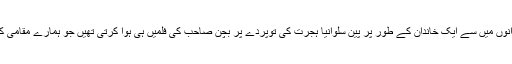
انہوں نے کہا’’جب ہم نے اپنی برادری سے ہجرت کرنے والے پہلے ہندوستانی خاندانوں میں سے ایک خاندان کے طور پر پین سلوانیا ہجرت کی توپردے پر بچن صاحب کی فلمیں ہی ہوا کرتی تھیں جو ہمارے مقامی کمیونٹی سینٹر میں کچھ ہندوستانی کنبوں کو ایک جگہ اکٹھا کرنے کا کام کرتی تھیں۔